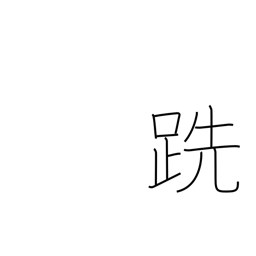
Meaning: barefooted